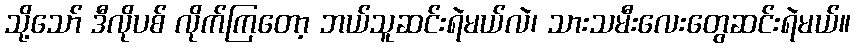
သို့သော် ဒီလိုပစ် လိုက်ကြတော့ ဘယ်သူဆင်းရဲမယ်လဲ၊ သားသမီးလေးတွေဆင်းရဲမယ်။